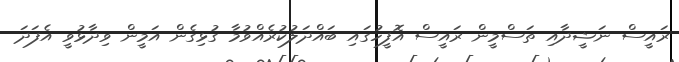
ރައީސް ނަޝީދާއި ތަސްމީން ރައީސް އޮފީހުގައި ބައްދަލުކުރެއްވުމާ ގުޅިގެން އަމީން ވިދާޅުވީ އެފަދަ